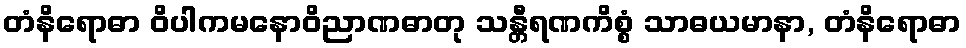
တံနိရောဓာ ဝိပါကမနောဝိညာဏဓာတု သန္တီရဏကိစ္စံ သာဓယမာနာ, တံနိရောဓာ